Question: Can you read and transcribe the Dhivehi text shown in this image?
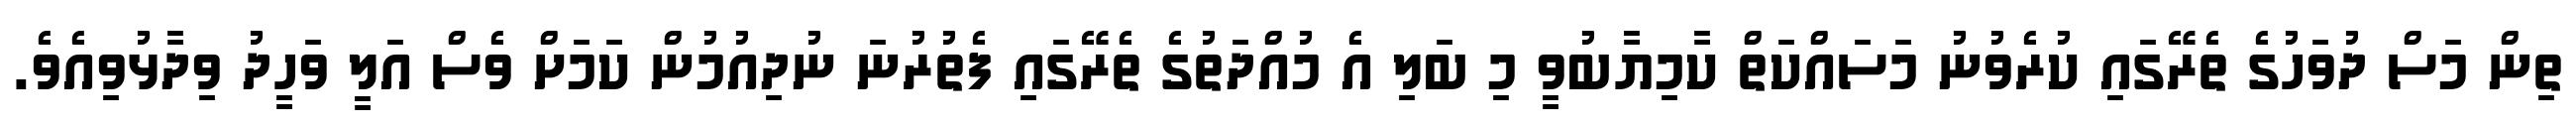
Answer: ތިން މަސް ދުވަހުގެ ތެރޭގައި ކުރެވުނު މަސައްކަތް ކާމިޔާބުވީ މި ބަލި އެ މުއްދަތުގެ ތެރޭގައި ފެތުރުނަ ނުދިއުމުން ކަމަށް ވެސް އަލީ ވަހީދު ވިދާޅުވިއެވެ.